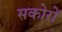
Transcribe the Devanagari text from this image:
सकोरों